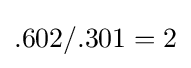
.602/.301=2